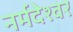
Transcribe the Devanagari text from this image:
नर्मदेश्‍वर